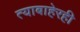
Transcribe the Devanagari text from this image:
त्याबाहेरही